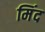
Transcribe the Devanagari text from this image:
मिंद